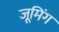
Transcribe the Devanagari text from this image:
जूमिंग